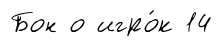
Бон о игро́к 14